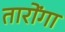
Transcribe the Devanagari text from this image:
तारोंगा